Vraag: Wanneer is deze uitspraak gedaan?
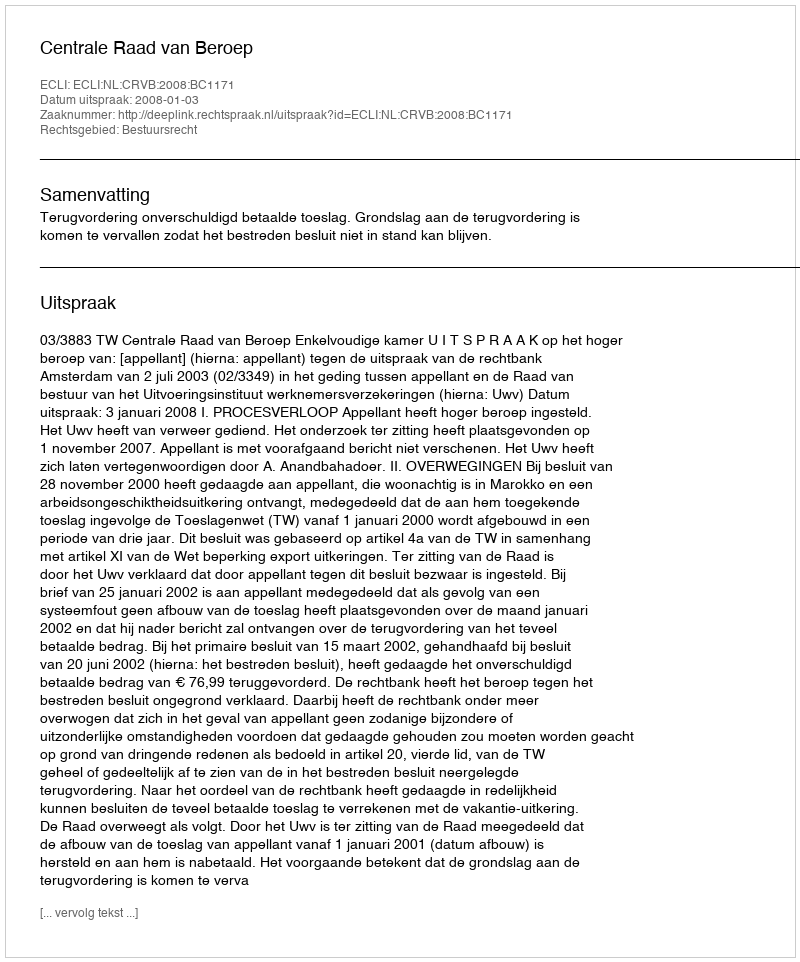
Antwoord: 2008-01-03